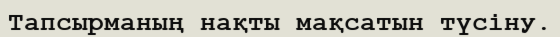
Тапсырманың нақты мақсатын түсіну.